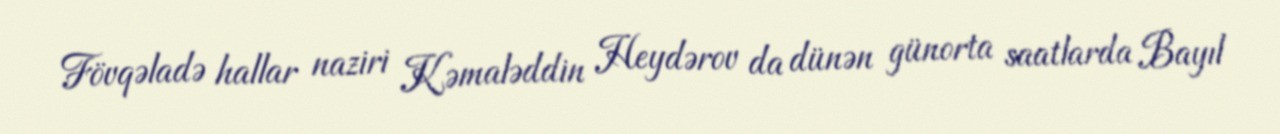
Fövqəladə hallar naziri Kəmaləddin Heydərov da dünən günorta saatlarda Bayıl